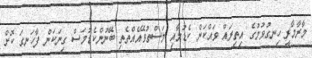
މާރާމާރީ ހިނގުވުމުގެ އިތިރައް ވައްކަން ކެޑުމާއި މަސްތުވޭއެއްތެތި ބޭނުންކެޑުމަސް ގިނަކަން ފާހަނގަ ކޮށް